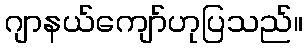
ဂျာနယ်ကျော်ဟုပြသည်။